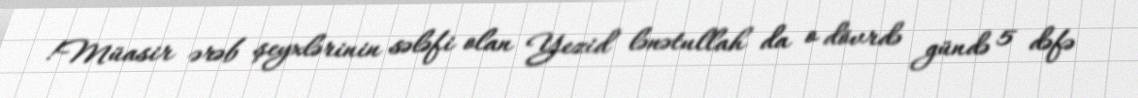
!Müasir ərəb şeyxlərinin sələfi olan Yezid lənətullah da o dövrdə gündə 5 dəfə